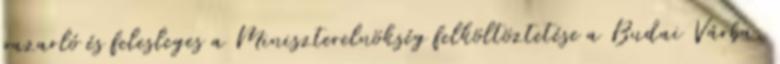
pazarló és felesleges a Miniszterelnökség felköltöztetése a Budai Várba.